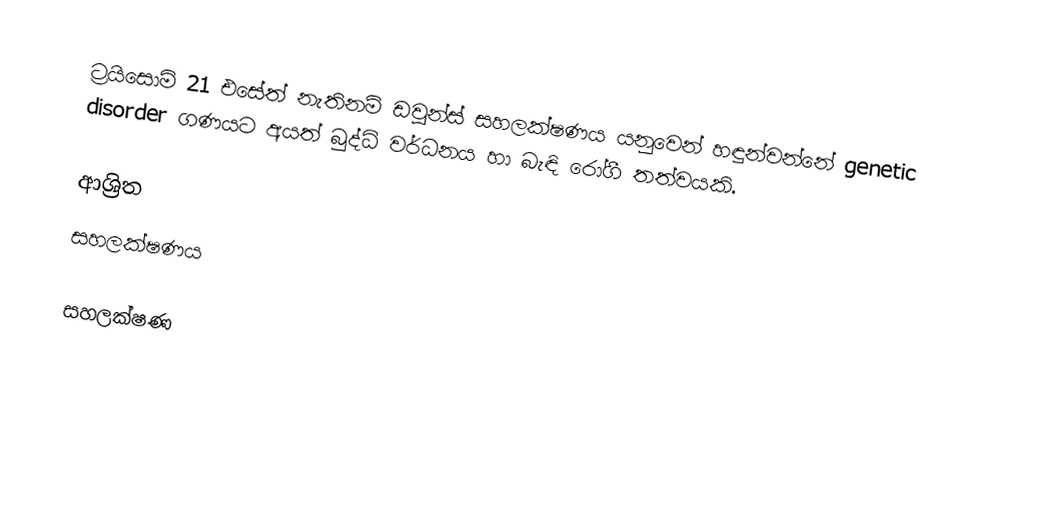
ට්‍රයිසොමි 21 එසේත් නැතිනම් ඩවුන්ස් සහලක්ෂණය යනුවෙන් හඳුන්වන්නේ genetic disorder ගණයට අයත් බුද්ධි වර්ධනය හා බැඳි රෝගී තත්වයකි.

ආශ්‍රිත
 සහලක්ෂණය

සහලක්ෂණ